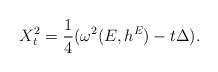
LaTeX: \begin{align*}\begin{aligned}X_{t}^{2}=\frac{1}{4}(\omega^{2}(E,h^{E})-t\Delta).\end{aligned}\end{align*}